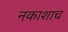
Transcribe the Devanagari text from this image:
नकाशाच